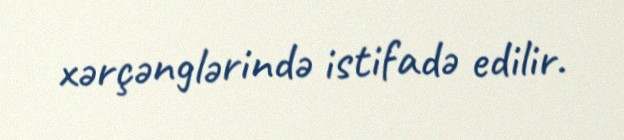
xərçənglərində istifadə edilir.